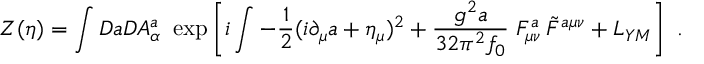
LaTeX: Z ( \eta ) = \int { \cal D } a { \cal D } A _ { \alpha } ^ { a } \ \exp \left[ i \int - { \frac { 1 } { 2 } } ( i \partial _ { \mu } a + \eta _ { \mu } ) ^ { 2 } + { \frac { g ^ { 2 } a } { 3 2 \pi ^ { 2 } f _ { 0 } } } \; F _ { \mu \nu } ^ { a } \, \tilde { F } ^ { a \mu \nu } + { \cal L } _ { Y M } \right] \ .